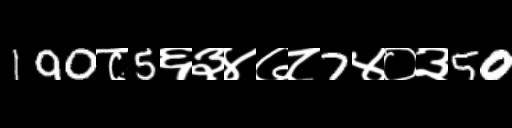
Text: 190८5६३४७८7४०३50